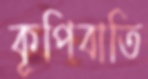
কূপিবাতি